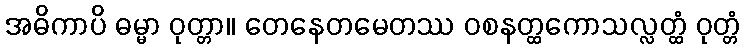
အဓိကာပိ ဓမ္မာ ဝုတ္တာ။ တေနေတမေတဿ ဝစနတ္ထကောသလ္လတ္ထံ ဝုတ္တံ